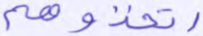
اتخذوهم